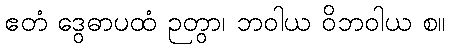
ဧတံ ဒွေဓာပထံ ဉတွာ၊ ဘဝါယ ဝိဘဝါယ စ။